Indian journal of veterinary science and animal husbandry - Volume 4,
Year: 1934
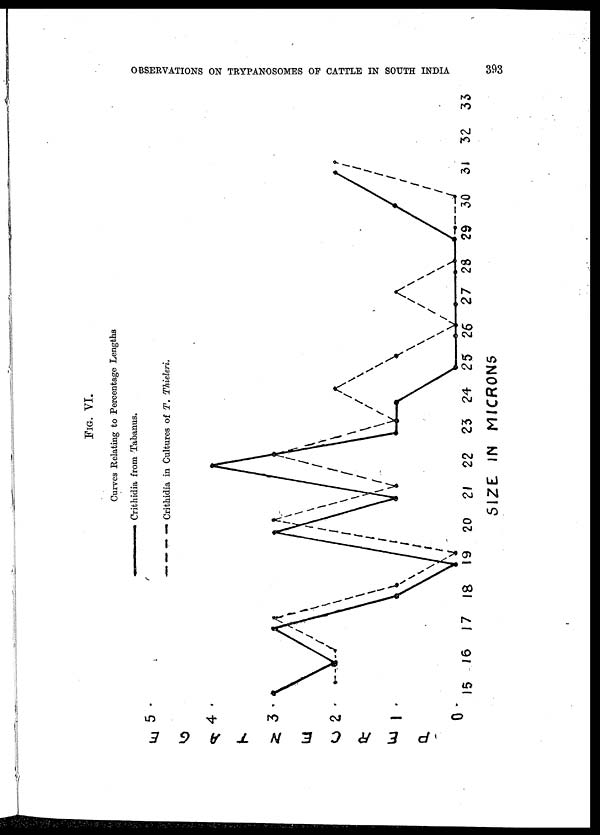
OBSERVATIONS ON TRYPANOSOMES OF CATTLE IN SOUTH INDIA
393
FIG. VI.
Curves Relating to Percentage Lengths